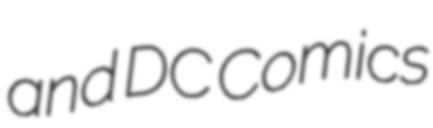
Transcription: and DC Comics